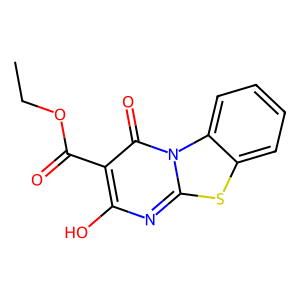
SMILES: CCOC(=O)c1c(O)nc2sc3ccccc3n2c1=O
Inhibits HIV replication: No